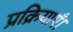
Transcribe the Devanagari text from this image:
प्रक्रियाएँ।